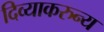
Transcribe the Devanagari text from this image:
दिव्याकरुन्य